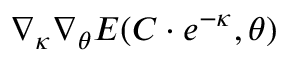
\nabla _ { \boldsymbol { \kappa } } \nabla _ { \boldsymbol { \theta } } E ( C \cdot e ^ { - { \boldsymbol { \kappa } } } , { \boldsymbol { \theta } } )